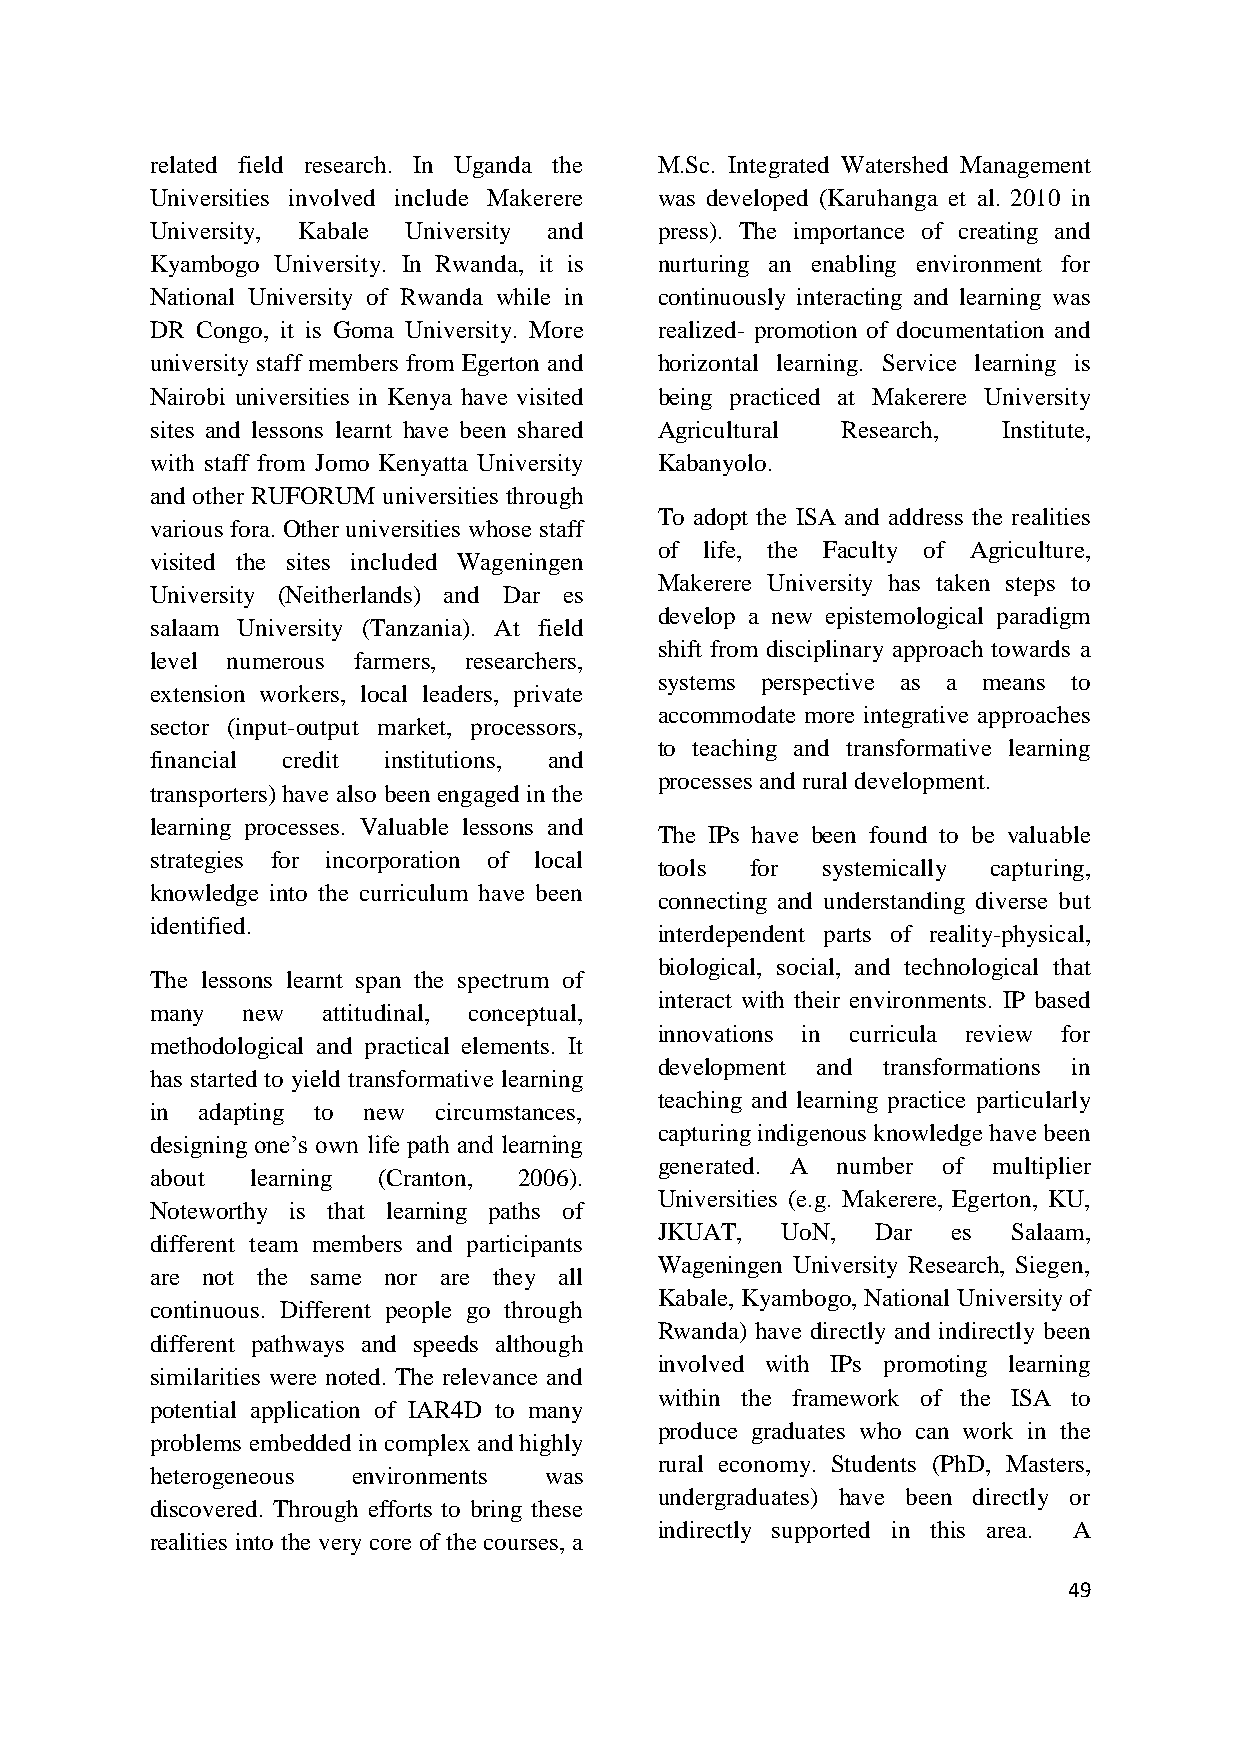
related field research. In Uganda the M.Sc. Integrated Watershed Management
 Universities involved include Makerere was developed (Karuhanga et al. 2010 in
 University, Kabale University and press). The importance of creating and
 Kyambogo University. In Rwanda, it is nurturing an enabling environment for
 National University of Rwanda while in continuously interacting and learning was
 DR Congo, it is Goma University. More realized- promotion of documentation and
 university staff members from Egerton and horizontal learning. Service learning is
 Nairobi universities in Kenya have visited being practiced at Makerere University
 sites and lessons learnt have been shared Agricultural Research, Institute,
 with staff from Jomo Kenyatta University Kabanyolo.
 and other RUFORUM universities through
 To adopt the ISA and address the realities
 various fora. Other universities whose staff
 of life, the Faculty of Agriculture,
 visited the sites included Wageningen
 Makerere University has taken steps to
 University (Neitherlands) and Dar es
 develop a new epistemological paradigm
 salaam University (Tanzania). At field
 shift from disciplinary approach towards a
 level numerous farmers, researchers,
 systems perspective as a means to
 extension workers, local leaders, private
 accommodate more integrative approaches
 sector (input-output market, processors,
 to teaching and transformative learning
 financial credit institutions, and
 processes and rural development.
 transporters) have also been engaged in the
 learning processes. Valuable lessons and
 The IPs have been found to be valuable
 strategies for incorporation of local
 tools for systemically capturing,
 knowledge into the curriculum have been
 connecting and understanding diverse but
 identified.
 interdependent parts of reality-physical,
 biological, social, and technological that
 The lessons learnt span the spectrum of
 interact with their environments. IP based
 many  new  attitudinal, conceptual,
 innovations in curricula review for
 methodological and practical elements. It
 development and transformations in
 has started to yield transformative learning
 teaching and learning practice particularly
 in adapting to new circumstances,
 capturing indigenous knowledge have been
 designing one‟s own life path and learning
 generated. A number of multiplier
 about  learning (Cranton, 2006).
 Universities (e.g. Makerere, Egerton, KU,
 Noteworthy is that learning paths of
 JKUAT,  UoN,  Dar  es  Salaam,
 different team members and participants
 Wageningen University Research, Siegen,
 are not the same nor are they all
 Kabale, Kyambogo, National University of
 continuous. Different people go through
 Rwanda) have directly and indirectly been
 different pathways and speeds although
 involved with IPs promoting learning
 similarities were noted. The relevance and
 within the framework of the ISA to
 potential application of IAR4D to many
 produce graduates who can work in the
 problems embedded in complex and highly
 rural economy. Students (PhD, Masters,
 heterogeneous environments was
 undergraduates) have been directly or
 discovered. Through efforts to bring these
 indirectly supported in this area. A
 realities into the very core of the courses, a
 49